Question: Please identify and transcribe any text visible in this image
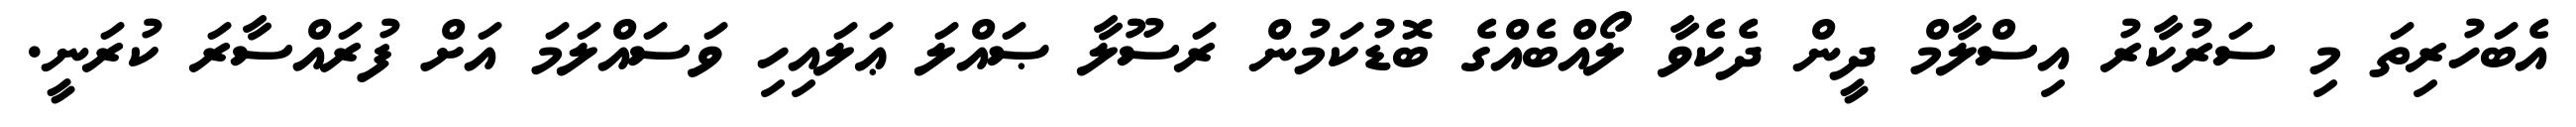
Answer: އެބަހުރިތަ މި ސަރުކާރު އިސްލާމް ދީން ދެކެވާ ލޯއްބެއްގެ ބޮޑުކަމުން ރަސޫލާ ޞައްލަ ޢަލައިހި ވަސައްލަމަ އަށް ފުރައްސާރަ ކުރަނީ.